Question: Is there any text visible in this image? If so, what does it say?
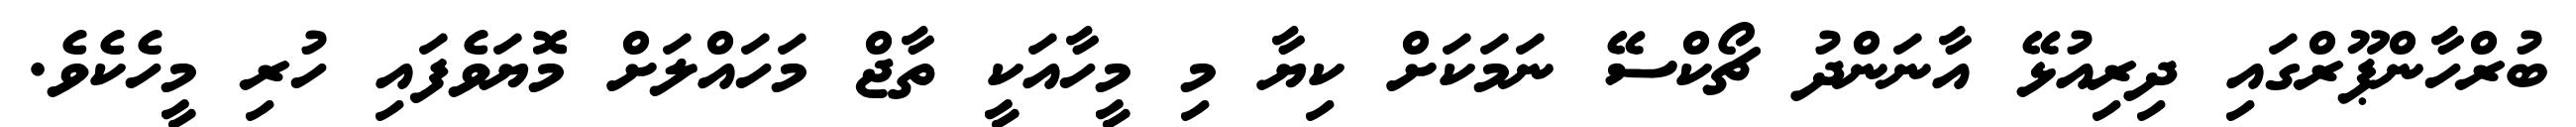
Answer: ބުރްހާންޕޫރްގައި ދިރިއުޅޭ އާނަންދު ޗޯކްސޭ ނަމަކަށް ކިޔާ މި މީހާއަކީ ތާޖް މަހައްލަށް މޮޔަވެފައި ހުރި މީހެކެވެ.